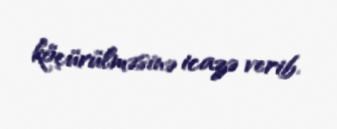
köçürülməsinə icazə verib.